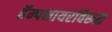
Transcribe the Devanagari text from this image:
हॅम्पशायरविरूद्ध